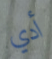
أدي